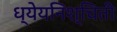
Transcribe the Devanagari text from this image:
ध्येयनिश्चिती